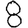
Digit: 8